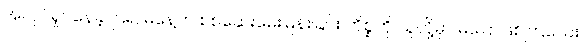
အလုပ်ရှုပ်နေခဲ့ကြ၍ မနေ့က စစ်ဆေးမေးမြန်းခြင်း ကိစ္စကို သူတို့မှာ မပြောဖြစ်ကြသေး။